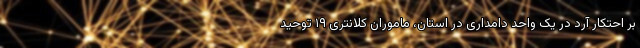
بر احتکار آرد در یک واحد دامداری در استان، ماموران کلانتری ۱۹ توحید